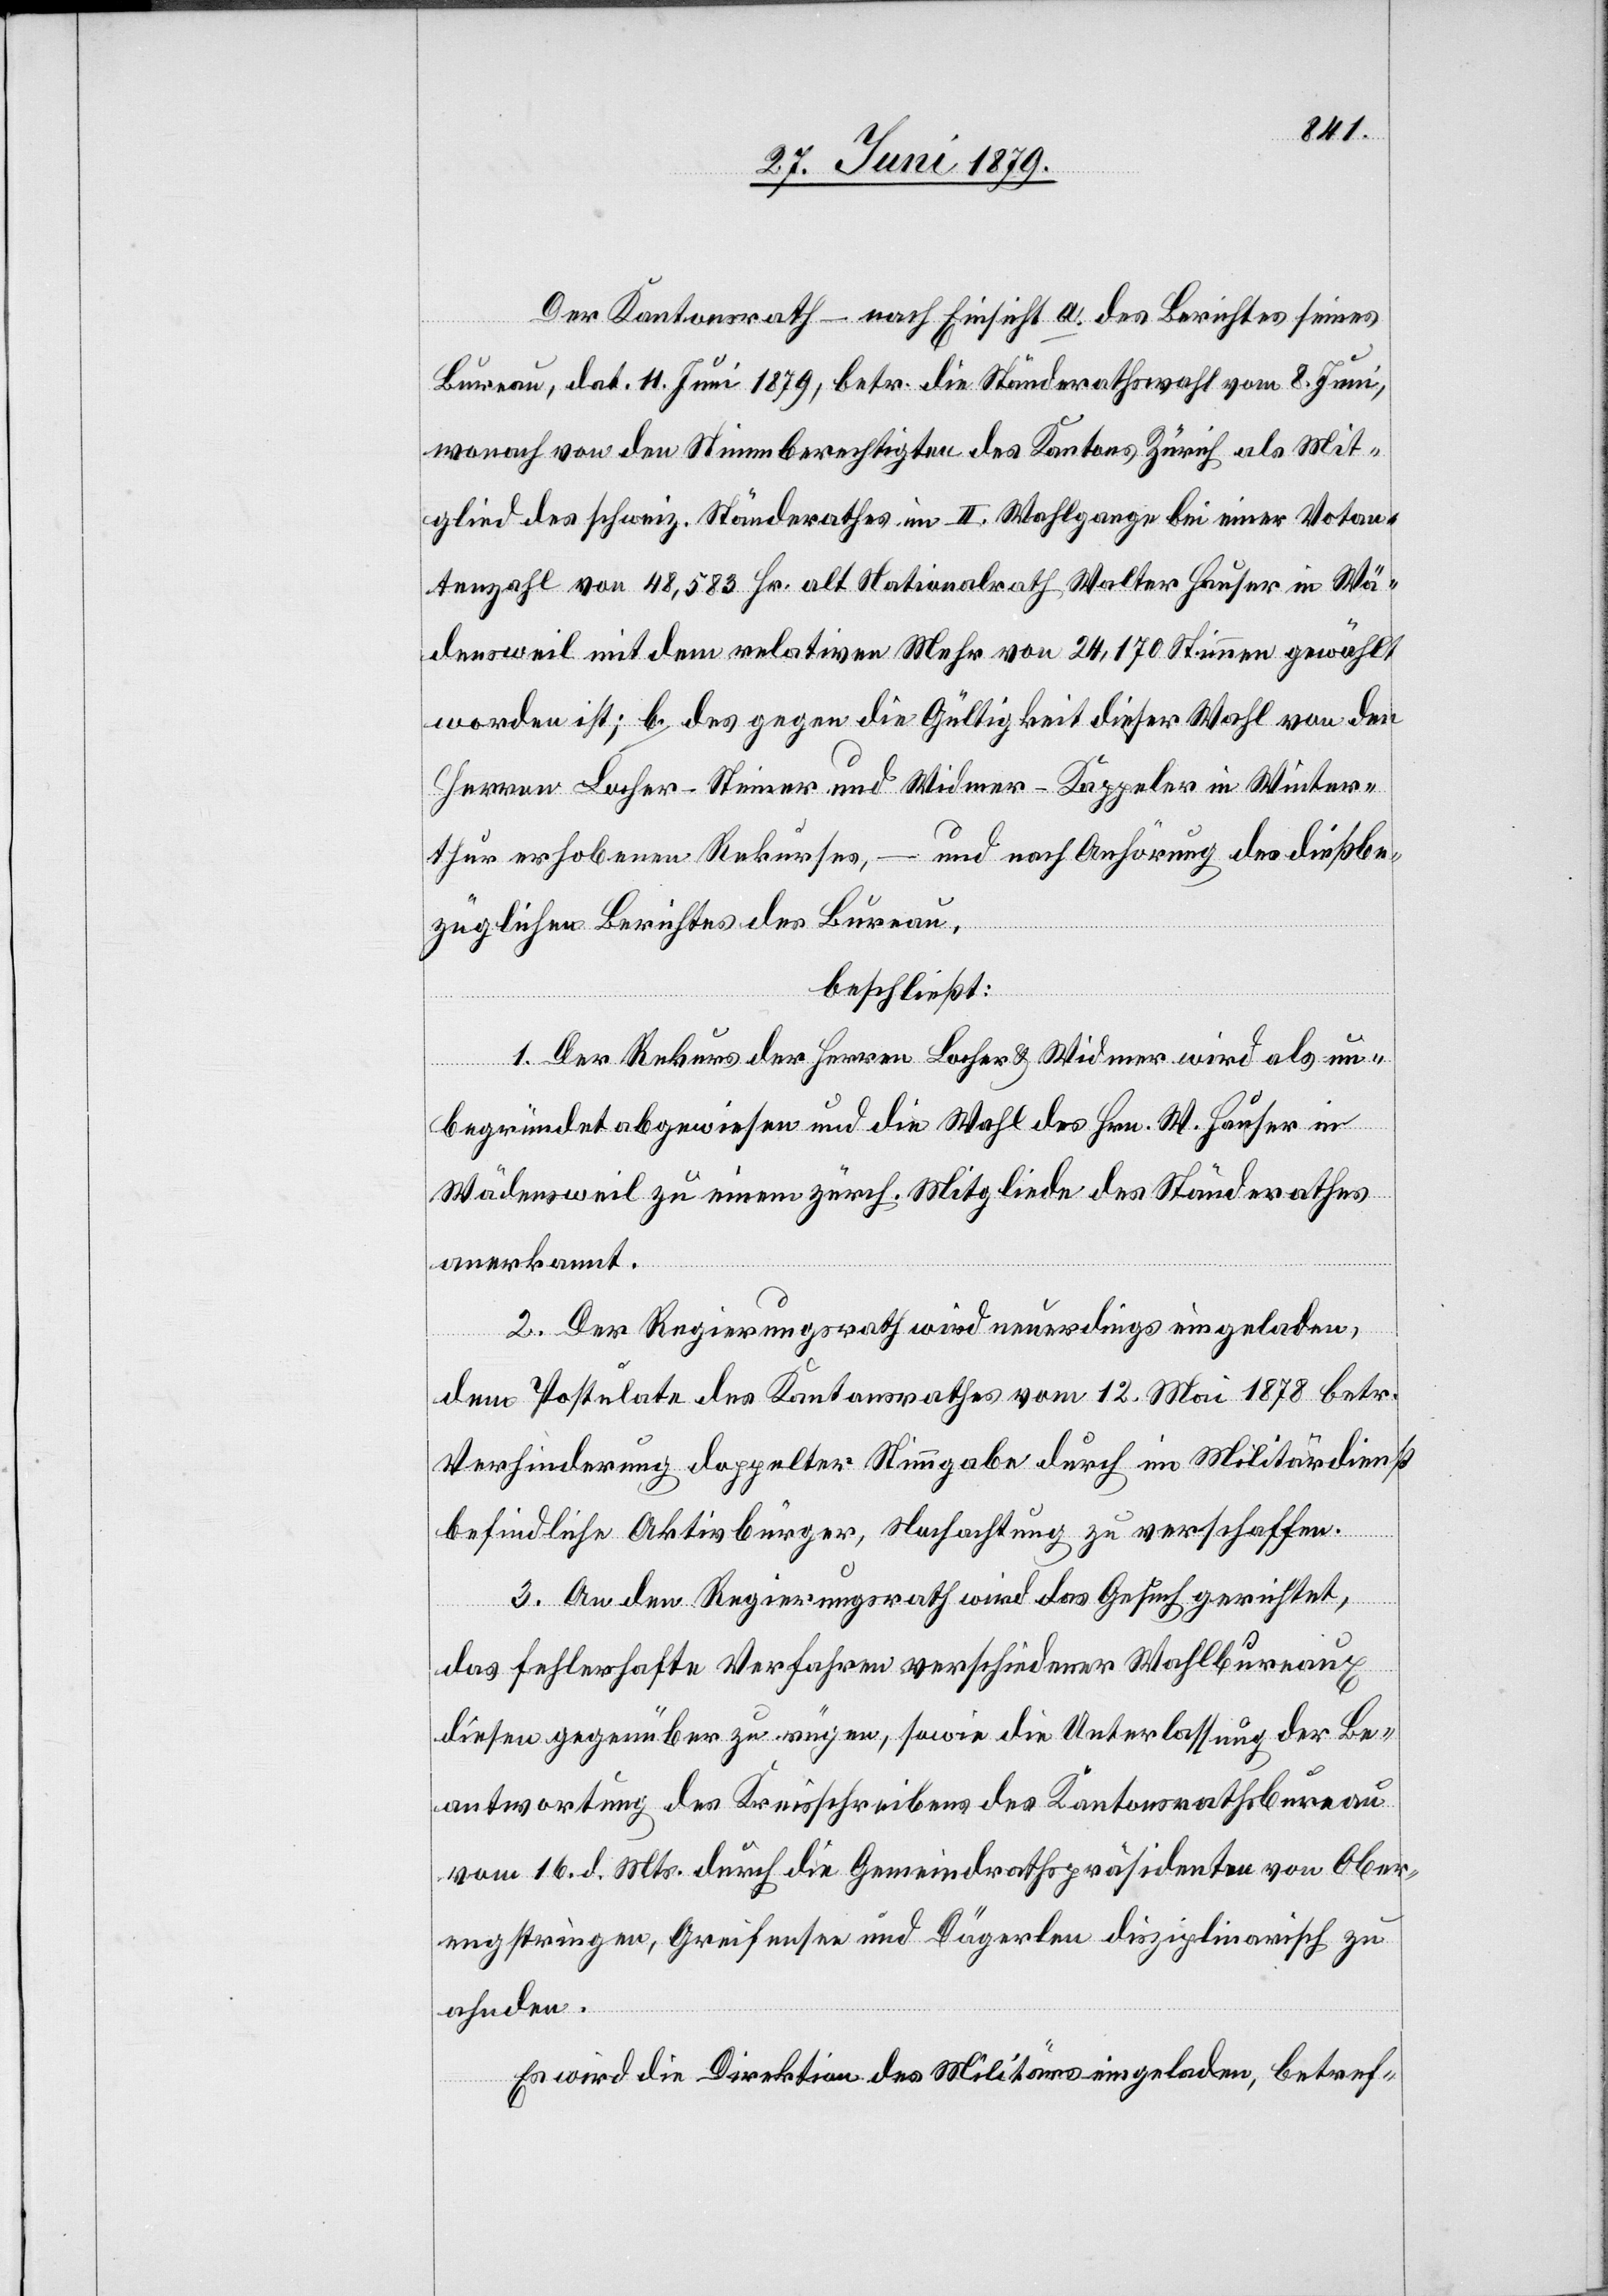
Der Kantonsrath – nach Einsicht a. des Berichtes seines
Bureau, dat. 11. Juni 1879, betr. die Ständerathswahl vom 8. Juni,
wonach von den Stimmberechtigten des Kantons Zürich als Mit¬
glied des schweiz. Ständerathes im II. Wahlgange bei einer Votan¬
tenzahl von 48,583 Hr. alt Nationalrath Walter Hauser in Wä¬
densweil mit dem relativen Mehr von 24,170 Stimmen gewählt
worden ist; b. des gegen die Gültigkeit dieser Wahl von den
Herren Locher-Steiner und Widmer-Kappeler in Winter¬
thur erhobenen Rekurses, – und nach Anhörung des dießbe¬
züglichen Berichtes des Bureau,
beschließt:
1. Der Rekurs der Herren Locher & Widmer wird als un¬
begründet abgewiesen und die Wahl des Hrn. W. Hauser in
Wädensweil zu einem zürch. Mitgliede des Ständerathes
anerkannt.
2. Der Regierungsrath wird neuerdings eingeladen,
dem Postulate des Kantonsrathes vom 12. Mai 1878 betr.
Verhinderung doppelter Stimmgabe durch im Militärdienst
befindliche Aktivbürger, Nachachtung zu verschaffen.
3. An den Regierungsrath wird das Gesuch gerichtet,
das fehlerhafte Verfahren verschiedener Wahlbureaux
diesen gegenüber zu rügen, sowie die Unterlassung der Be¬
antwortung des Kreisschreibens des Kantonsrathsbureau
vom 16. d. Mts. durch die Gemeindrathspräsidenten von Ober¬
engstringen, Greifensee und Dägerlen disziplinarisch zu
ahnden.
Es wird die Direktion des Militärs eingeladen, betref-